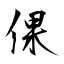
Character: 倮